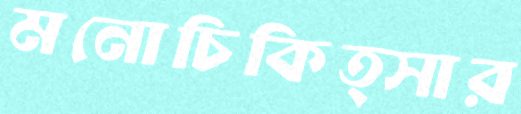
মনোচিকিত্সার